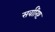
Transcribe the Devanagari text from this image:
सर्वारिष्ट